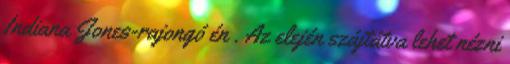
Indiana Jones-rajongó én . Az elején szájtátva lehet nézni